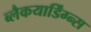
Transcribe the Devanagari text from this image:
ब्लैकयार्डिंग्न्स